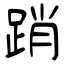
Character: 踃